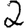
Digit: 2